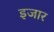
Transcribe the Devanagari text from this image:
इजार